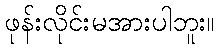
ဖုန်းလိုင်းမအားပါဘူး။